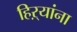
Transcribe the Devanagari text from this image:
हिऱ्यांना